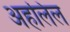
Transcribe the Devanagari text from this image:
अहलिल